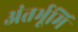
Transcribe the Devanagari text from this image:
अंतर्भूमि